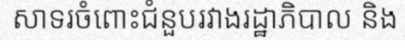
សាទរចំពោះជំនួបរវាងរដ្ឋាភិបាល និង